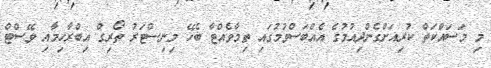
މި މަސައްކަތް ކުރިއަށްގެންދިއުމުގެ އެއްބަސްވުމުގައި ތިމާވެއްޓާ ބެހޭ މިނިސްޓަރު ތޯރިގް އިބްރާހިމާއި ވޭސްޓް